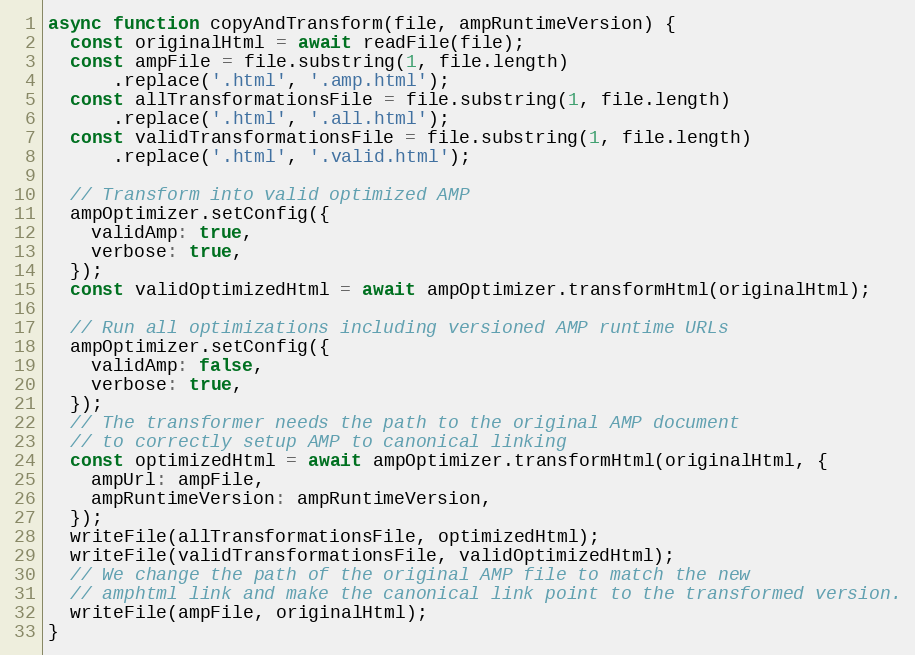
Language: JavaScript
async function copyAndTransform(file, ampRuntimeVersion) {
  const originalHtml = await readFile(file);
  const ampFile = file.substring(1, file.length)
      .replace('.html', '.amp.html');
  const allTransformationsFile = file.substring(1, file.length)
      .replace('.html', '.all.html');
  const validTransformationsFile = file.substring(1, file.length)
      .replace('.html', '.valid.html');

  // Transform into valid optimized AMP
  ampOptimizer.setConfig({
    validAmp: true,
    verbose: true,
  });
  const validOptimizedHtml = await ampOptimizer.transformHtml(originalHtml);

  // Run all optimizations including versioned AMP runtime URLs
  ampOptimizer.setConfig({
    validAmp: false,
    verbose: true,
  });
  // The transformer needs the path to the original AMP document
  // to correctly setup AMP to canonical linking
  const optimizedHtml = await ampOptimizer.transformHtml(originalHtml, {
    ampUrl: ampFile,
    ampRuntimeVersion: ampRuntimeVersion,
  });
  writeFile(allTransformationsFile, optimizedHtml);
  writeFile(validTransformationsFile, validOptimizedHtml);
  // We change the path of the original AMP file to match the new
  // amphtml link and make the canonical link point to the transformed version.
  writeFile(ampFile, originalHtml);
}